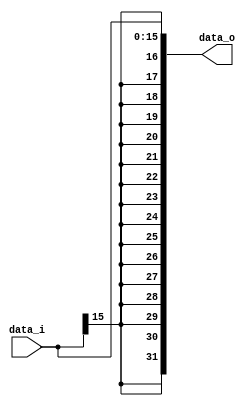
//Subject:     CO project 3 - Sign extend
//--------------------------------------------------------------------------------
//Version:     1
//--------------------------------------------------------------------------------
//Writer:      0616223 0616059
//----------------------------------------------
//Date:        5/20
//----------------------------------------------
//Description: extend 16 bits to 32 bits
//--------------------------------------------------------------------------------

module Sign_Extend(
    data_i,
    data_o
    );
               
//I/O ports
input   [16-1:0] data_i;
output  [32-1:0] data_o;

//Internal Signals
reg     [32-1:0] data_o;
reg     [31:0] i;
//Sign extended

always @(data_i)
	begin
		
		for( i=0 ; i<=15 ; i=i+1)
			data_o[i]=data_i[i];
		
		for( i=16 ; i<=31 ; i=i+1)
			data_o[i]=data_i[15];
	end

endmodule